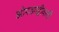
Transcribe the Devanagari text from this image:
झोपडपट्टीवासी